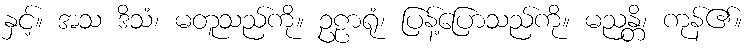
နှင့်။ အသ ဒိသံ၊ မတူသည်ကို။ ဥဠာရုံ၊ ပြန့်ပြောသည်ကို။ မညန္တိ၊ ကုန်၏။